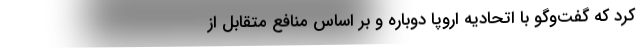
کرد که گفت‌و‌گو با اتحادیه اروپا دوباره و بر اساس منافع متقابل از